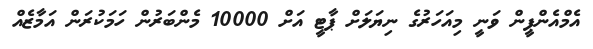
އެމްއެންޕީން ވަނީ މިއަހަރުގެ ނިޔަލަށް ޕާޓީ އަށް 10000 މެންބަރުން ހަމަކުރަން އަމާޒެއްް